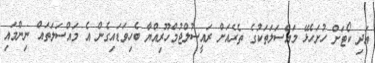
އަދި ކޯޓަށް ހުށަހެޅޭ މައްސަލަތަކުގެ ތެރެއަށް ރައީސުލްޖުމްހޫރިއްޔާ ބެހިވަޑައިގެން އެ މައްސަލަތައް ނިންމައި